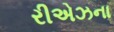
રીએઝના